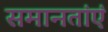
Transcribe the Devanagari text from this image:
समानतांएं